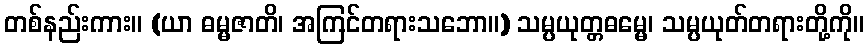
တစ်နည်းကား။ (ယာ ဓမ္မဇာတိ၊ အကြင်တရားသဘော။) သမ္ပယုတ္တဓမ္မေ၊ သမ္ပယုတ်တရားတို့ကို။